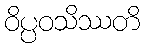
ဝိပ္ပဝသိဿတိ